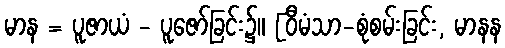
မာန = ပူဇာယံ - ပူဇော်ခြင်း၌။ [ဝီမံသာ-စုံစမ်းခြင်း, မာနန